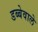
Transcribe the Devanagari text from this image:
डब्बेवाले